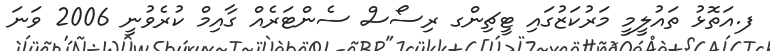
ފ.އަތޮޅު ތައުލީމީ މަރުކަޒުގައި ޓީޗިންގ ރިސޯސް ސެންޓަރެއް ގާއިމް ކުރެވުނީ 2006 ވަނަ